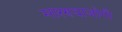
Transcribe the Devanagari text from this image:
मारण्याजोगी